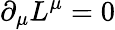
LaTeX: \partial_{\mu}L^{\mu}=0